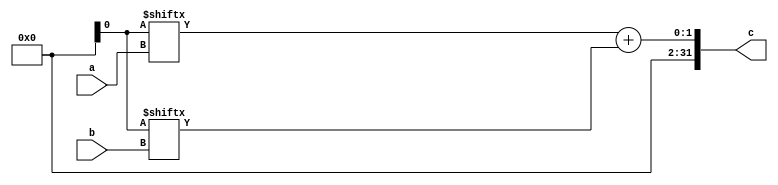
module add (
		input [4:0] a, b,
		output [31:0] c
	);
assign c = glob.r[a] + glob.r[b];
endmodule